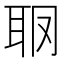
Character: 𦕋